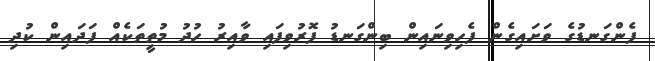
ފެންގަނޑުގެ ވަށައިގެން ފެހިވިނައިން ބިންގަނޑު ފޮރުވިފައި ވާއިރު ހުދު މުތީތަކެއް ފަދައިން ކުދި